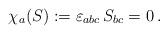
LaTeX: \begin{align*}\chi_a(S):= \varepsilon_{abc}\, S_{bc} = 0\,.\end{align*}